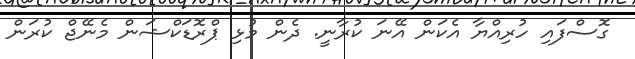
ގޮސްފައި ހުރިއްޔާ އެކަން އޭނަ ކުރާނީ. ދެން މުޅި ޕްރޮޑަކްޝަން މެނޭޖް ކުރަން